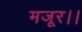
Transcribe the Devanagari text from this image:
मजूर।।